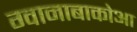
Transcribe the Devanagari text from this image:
ग्वानाबाकोआ